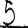
Digit: 5